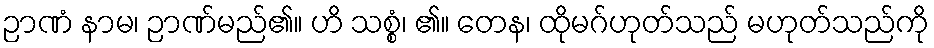
ဉာဏံ နာမ၊ ဉာဏ်မည်၏။ ဟိ သစ္စံ၊ ၏။ တေန၊ ထိုမဂ်ဟုတ်သည် မဟုတ်သည်ကို